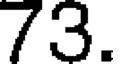
73.